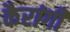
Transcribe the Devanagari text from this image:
कैरांगी